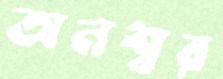
অনশ্বর